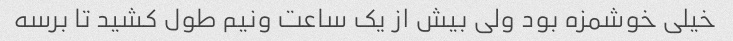
خیلی خوشمزه بود ولی بیش از یک ساعت ونیم طول کشید تا برسه